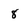
Character: 8